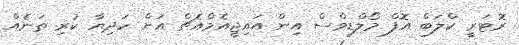
ރޮޓަރީ ކްލަބް އޮފް މޯލްޑިވްސް އިން އައިޖީއެމްއެޗް އަށް ހަދިޔާ ކުރި ތަނެއް